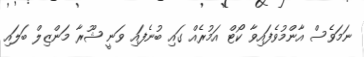
ނަމަވެސް އާންމުވެފައިވާ ކޯޓް އަމުރެއް ގައި ބުނެފައި ވަނީ ޝޫރާ މަންޒިލް ބަލައި